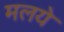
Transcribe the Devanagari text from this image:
मलये